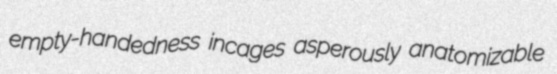
empty-handedness incages asperously anatomizable